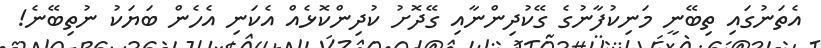
އެތަނުގައި ތިބޭނީ މަނިކުފާނުގެ ގޭކުދިންނާއި ގޭދޮށު ކުދިންކޮޅެއް އެކަނި އެހެން ބަޔަކު ނުތިބޭނެ!